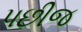
પછીજ